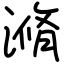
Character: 滫